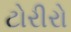
ટોરીરો